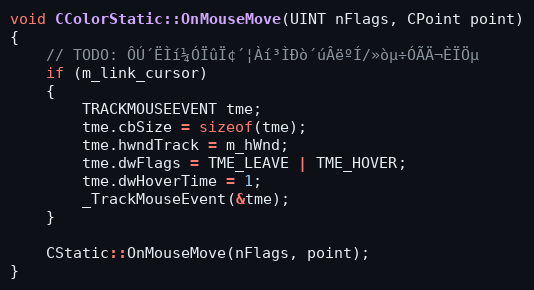
Language: C++
void CColorStatic::OnMouseMove(UINT nFlags, CPoint point)
{
	// TODO: ÔÚ´ËÌí¼ÓÏûÏ¢´¦Àí³ÌÐò´úÂëºÍ/»òµ÷ÓÃÄ¬ÈÏÖµ
	if (m_link_cursor)
	{
		TRACKMOUSEEVENT tme;
		tme.cbSize = sizeof(tme);
		tme.hwndTrack = m_hWnd;
		tme.dwFlags = TME_LEAVE | TME_HOVER;
		tme.dwHoverTime = 1;
		_TrackMouseEvent(&tme);
	}

	CStatic::OnMouseMove(nFlags, point);
}